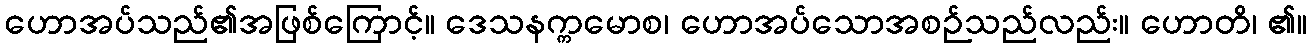
ဟောအပ်သည်၏အဖြစ်ကြောင့်။ ဒေသနက္ကမောစ၊ ဟောအပ်သောအစဉ်သည်လည်း။ ဟောတိ၊ ၏။